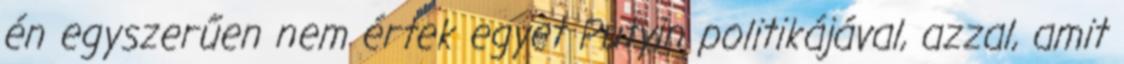
én egyszerűen nem értek egyet Putyin politikájával, azzal, amit